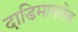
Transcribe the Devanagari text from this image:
दाडिमावलेह